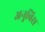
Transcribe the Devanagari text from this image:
अनुबिस